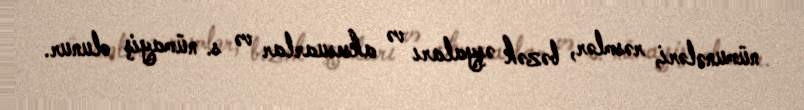
nümunələri, rəsmlər, bəzək əşyaları və aksesuarlar və s. nümayiş olunur.